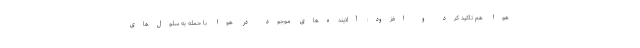
هوا هم تاکید کرد و افزود: آلاینده‌های موجود در هوا با حمله به سلول‌های